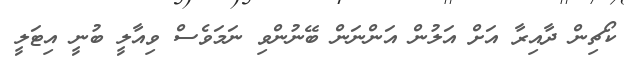
ކޯޗިން ދާއިރާ އަށް އަލުން އަންނަން ބޭނުންވި ނަމަވެސް ވިއާލީ ބުނީ އިޓަލީ